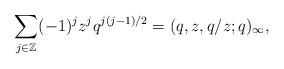
LaTeX: \begin{align*}\sum_{j\in\mathbb{Z}}(-1)^jz^jq^{j(j-1)/2}=(q,z,q/z;q)_\infty,\end{align*}